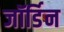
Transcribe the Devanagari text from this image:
जॉर्डिन